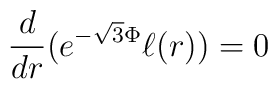
\frac{d}{dr}(e^{-\sqrt{3}\Phi} \ell(r)) =0